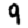
Digit: 9